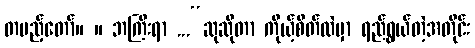
တပည့်တော်။ ။ ဘကြီးရာ ...“ဆုဆိုတာ ကိုယ့်စိတ်ထဲမှာ ရည်ရွယ်တဲ့အတိုင်း